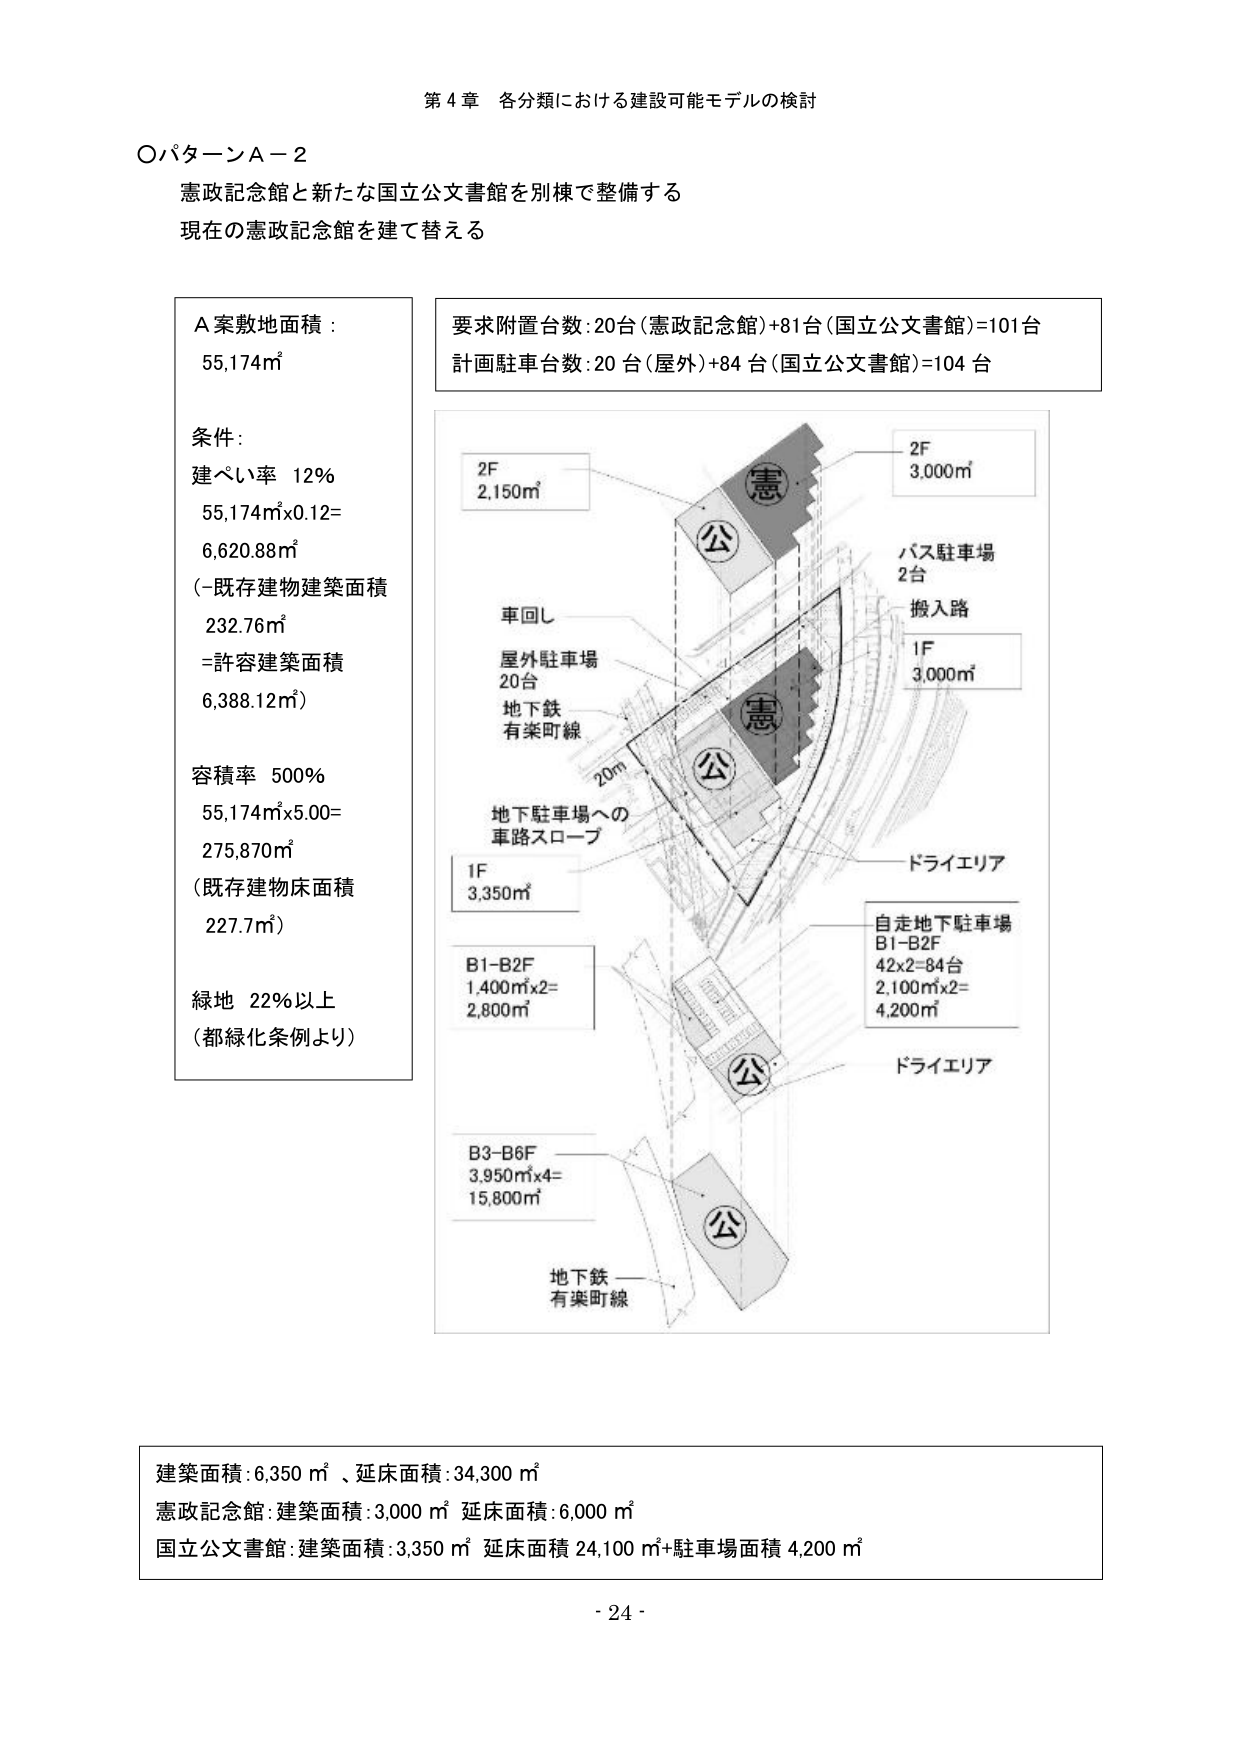
第４章 各分類における建設可能モデルの検討

〇パターンＡ－２
憲政記念館と新たな国立公文書館を別棟で整備する
現在の憲政記念館を建て替える

Ａ案敷地面積：
55,174㎡

条件：
建ぺい率 12％
55,174㎡×0.12=
6,620.88㎡
（－既存建物建築面積
232.76㎡
＝許容建築面積
6,388.12㎡）

容積率 500％
55,174㎡×5.00=
275,870㎡
（既存建物床面積
227.7㎡）

緑地 22％以上
（都緑化条例より）

要求附置台数：20台（憲政記念館）＋81台（国立公文書館）＝101台
計画駐車台数：20台（屋外）＋84台（国立公文書館）＝104台

2F
2,150㎡

2F
3,000㎡

バス駐車場
2台

搬入路

1F
3,000㎡

車回し

屋外駐車場
20台

地下鉄
有楽町線

20m

地下駐車場への
車路スロープ

1F
3,350㎡

ドライエリア

自走地下駐車場
B1-B2F
42×2=84台
2,100㎡×2=
4,200㎡

B1-B2F
1,400㎡×2=
2,800㎡

ドライエリア

B3-B6F
3,950㎡×4=
15,800㎡

地下鉄
有楽町線

建築面積：6,350㎡、延床面積：34,300㎡
憲政記念館：建築面積：3,000㎡ 延床面積：6,000㎡
国立公文書館：建築面積：3,350㎡ 延床面積 24,100㎡＋駐車場面積 4,200㎡

- 24 -